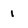
Character: 1